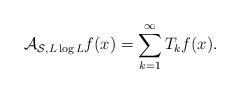
LaTeX: \begin{align*}{\mathcal A}_{\mathcal S,L\log L}f(x)=\sum_{k=1}^{\infty}T_kf(x).\end{align*}